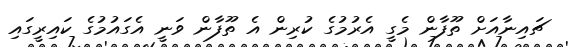
ޗައިނާއަށް ތޫފާން މެގީ އެރުމުގެ ކުރިން އެ ތޫފާން ވަނީ އެގައުމުގެ ކައިރީގައި